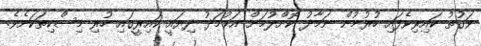
ވަގުތު ކައިރިވެފައި ހުރުމުން ނަމާދު ކޮށްލުމަށް އަޙުމަދު ދިޔައީ ކައިރީގައި ހުރި މިސްކިތަކަށެވެ.